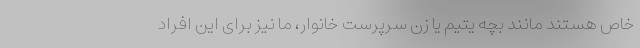
خاص هستند مانند بچه یتیم یا زن سرپرست خانوار، ما نیز برای این افراد